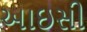
આઇસી